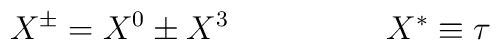
X^\pm = X^0 \pm X^3\hspace*{2cm} X^* \equiv \tau